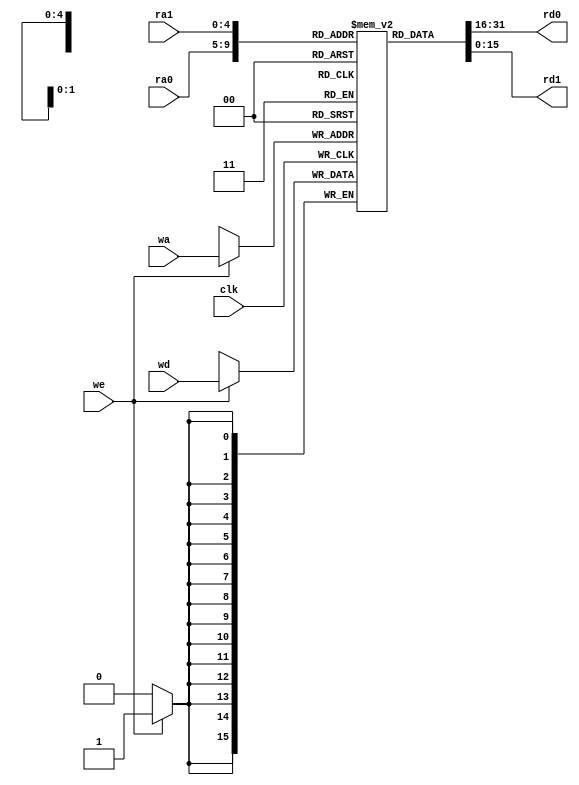
`timescale 1ns / 1ps
//////////////////////////////////////////////////////////////////////////////////
// Company:
// Engineer:
//
// Design Name:
// Module Name: RF
// Project Name:
// Target Devices:
// Tool Versions:
// Description:
//
// Dependencies:
//
// Revision:
// Revision 0.01 - File Created
// Additional Comments:
//
//////////////////////////////////////////////////////////////////////////////////


module RF #(parameter AW = 5,
            parameter DW = 16)
           (input clk,
            input [AW-1:0] ra0,
            ra1,
            output [DW-1:0] rd0,
            rd1,
            input [AW-1:0] wa,
            input [DW-1:0] wd,
            input we);
    reg [DW-1:0] rf [0: (1<<AW)-1];
    assign rd0 = rf[ra0], rd1 = rf[ra1];
    always  @ (posedge  clk)
        if (we)  rf[wa] <= wd;
endmodule